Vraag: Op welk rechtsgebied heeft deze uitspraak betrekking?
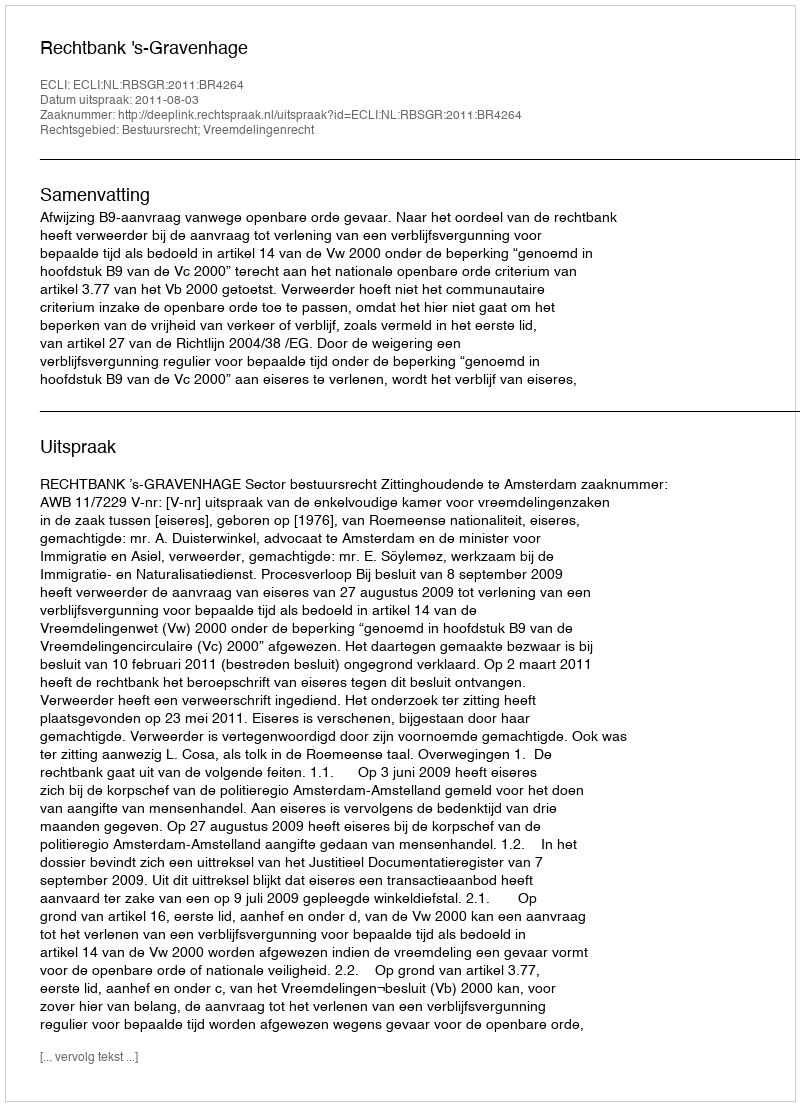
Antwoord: Bestuursrecht; Vreemdelingenrecht